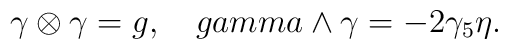
\gamma\otimes\gamma=g,\ \ \ \ \\gamma\wedge\gamma=-2\gamma_5 \eta.